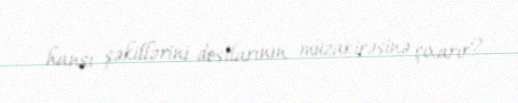
hansı şəkillərini dostlarının müzakirəsinə çıxarır?.